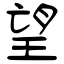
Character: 望